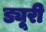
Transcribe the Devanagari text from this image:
ड्यूरी